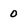
Character: 0